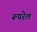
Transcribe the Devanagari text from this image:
रूपरेल